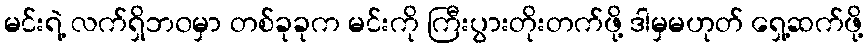
မင်းရဲ့ လက်ရှိဘ၀မှာ တစ်ခုခုက မင်းကို ကြီးပွားတိုးတက်ဖို့ ဒါမှမဟုတ် ရှေ့ဆက်ဖို့